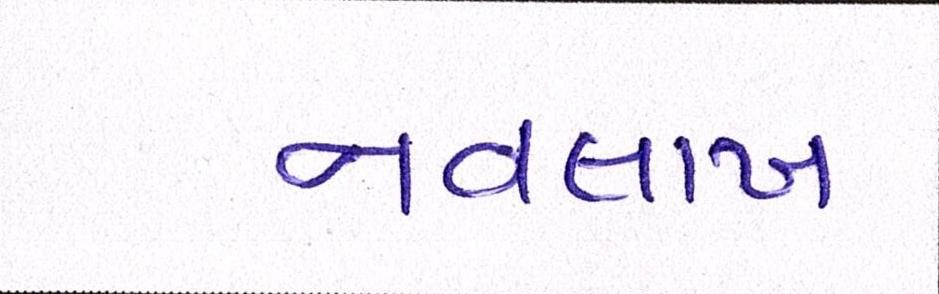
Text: નવલાખ